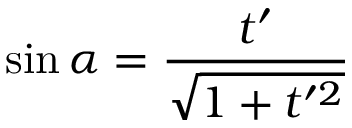
\sin \alpha = \frac { t ^ { \prime } } { \sqrt { 1 + t ^ { \prime 2 } } }